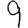
Digit: 9